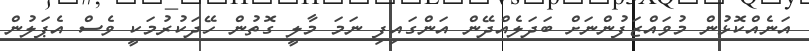
އަނެއްކޮޅުން މުވައްޒަފުންނަށް ބަދަލެއްދޭން އަންގައިފި ނަމަ މާލީ ގޮތުން ހޭދަކުރުމަކީ ވެސް އެޕަލުން